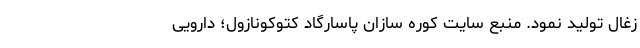
زغال تولید نمود. منبع سایت کوره سازان پاسارگاد کتوکونازول؛ دارویی